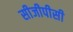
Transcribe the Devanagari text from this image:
सीजीपीसी